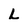
Character: L